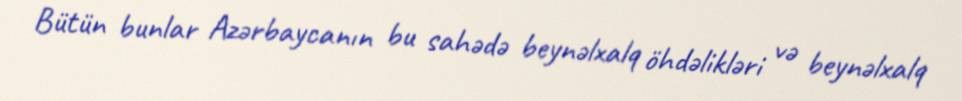
Bütün bunlar Azərbaycanın bu sahədə beynəlxalq öhdəlikləri və beynəlxalq